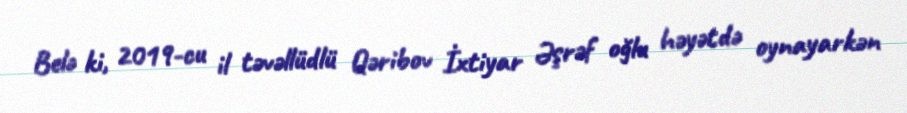
Belə ki, 2019-cu il təvəllüdlü Qəribov İxtiyar Əşrəf oğlu həyətdə oynayarkən